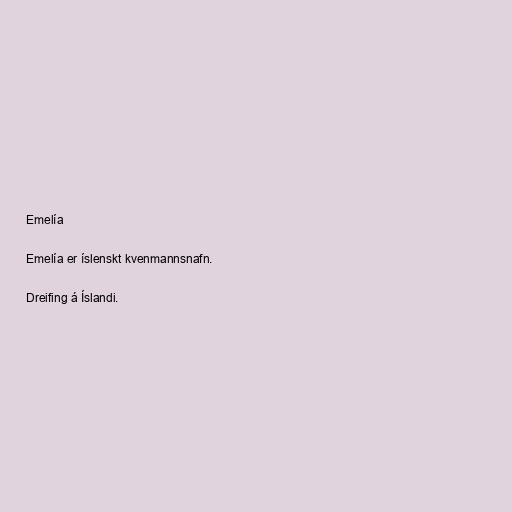
Emelía

Emelía er íslenskt kvenmannsnafn.

Dreifing á Íslandi.